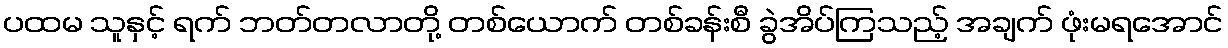
ပထမ သူနှင့် ရက် ဘတ်တလာတို့ တစ်ယောက် တစ်ခန်းစီ ခွဲအိပ်ကြသည့် အချက် ဖုံးမရအောင်